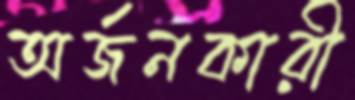
অর্জনকারী